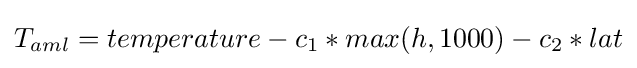
T_{aml}=temperature-c_{1}*max(h,1000)-c_{2}*lat